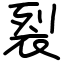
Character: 裂